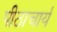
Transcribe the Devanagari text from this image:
पीठाचार्य